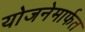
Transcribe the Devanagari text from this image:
योजनेमार्फत